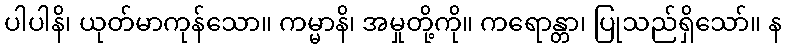
ပါပါနိ၊ ယုတ်မာကုန်သော။ ကမ္မာနိ၊ အမှုတို့ကို။ ကရောန္တာ၊ ပြုသည်ရှိသော်။ န